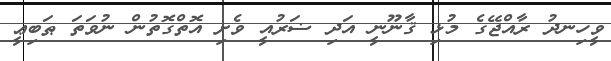
ވީހިނދު ރާއްޖޭގެ މުޅި ޤާނޫނީ އަދި ޟަރުއީ ވެށި އޮތްގޮތުން ނުވަތަ ޠަބިޢީ